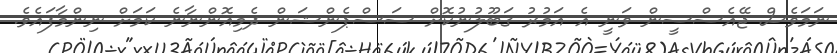
ނަމަވެސް ޖޭއެސްސީން ވަނީ އެ އަމުރު ގަބޫލުނުކޮށް ސަސްޕެންޝަން ދެމިއޮންނާނެ ކަމަށް ނިންމާފައެވެ.